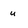
Character: u